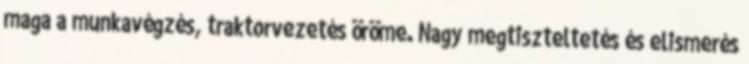
maga a munkavégzés, traktorvezetés öröme. Nagy megtiszteltetés és elismerés